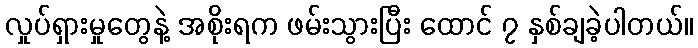
လှုပ်ရှားမှုတွေနဲ့ အစိုးရက ဖမ်းသွားပြီး ထောင် ၇ နှစ်ချခဲ့ပါတယ်။